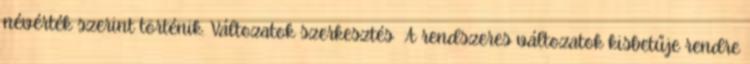
névérték szerint történik. Változatok szerkesztés A rendszeres változatok kisbetűje rendre